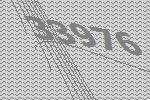
33976